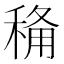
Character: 𮃏